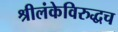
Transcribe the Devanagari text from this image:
श्रीलंकेविरुद्धच